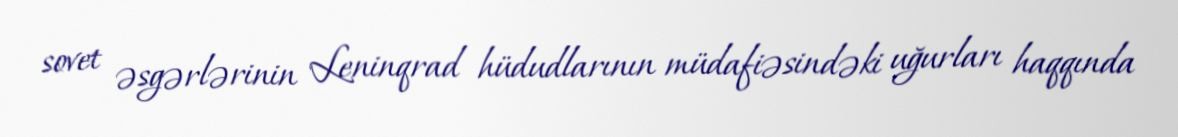
sovet əsgərlərinin Leninqrad hüdudlarının müdafiəsindəki uğurları haqqında